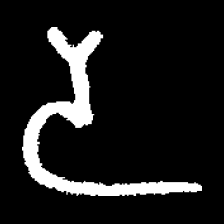
Pyu character \u2014 Myanmar letter: ဒ (romanized: da)